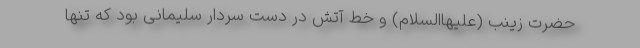
حضرت زینب (علیهاالسلام) و خط آتش در دست سردار سلیمانی بود که تنها